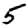
Digit: 5